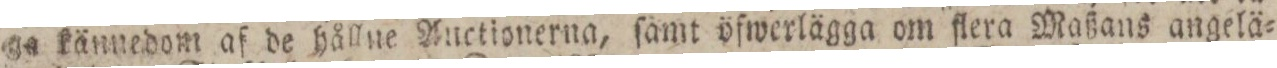
ga kännedom af de hållne Auctionerna, ſamt öfwerlägga om flera Maßans angelä=